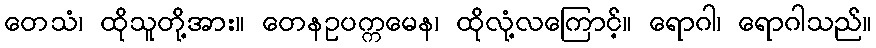
တေသံ၊ ထိုသူတို့အား။ တေနဥပက္ကမေန၊ ထိုလုံ့လကြောင့်။ ရောဂါ၊ ရောဂါသည်။